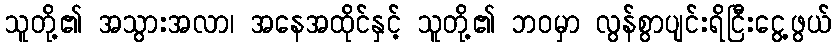
သူတို့၏ အသွားအလာ၊ အနေအထိုင်နှင့် သူတို့၏ ဘဝမှာ လွန်စွာပျင်းရိငြီးငွေ့ဖွယ်